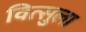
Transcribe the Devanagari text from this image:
वित्सुला